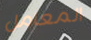
المعامل